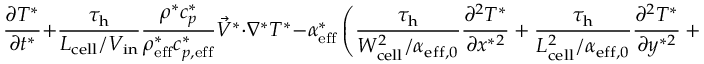
\frac { \partial T ^ { * } } { \partial t ^ { * } } + \boldsymbol { \frac { \tau _ { \mathrm { h } } } { L _ { \mathrm { { c e l l } } } / V _ { \mathrm { i n } } } } \frac { \rho ^ { * } c _ { p } ^ { * } } { \rho _ { \mathrm { { e f f } } } ^ { * } c _ { p , \mathrm { { e f f } } } ^ { * } } \vec { V } ^ { * } \cdot \nabla ^ { * } T ^ { * } - \alpha _ { \mathrm { { e f f } } } ^ { * } \left( \boldsymbol { \frac { \tau _ { \mathrm { h } } } { W _ { \mathrm { { c e l l } } } ^ { 2 } / \alpha _ { \mathrm { { e f f , 0 } } } } } \frac { \partial ^ { 2 } T ^ { * } } { \partial x ^ { * 2 } } + \boldsymbol { \frac { \tau _ { \mathrm { h } } } { L _ { \mathrm { { c e l l } } } ^ { 2 } / \alpha _ { \mathrm { { e f f , 0 } } } } } \frac { \partial ^ { 2 } T ^ { * } } { \partial y ^ { * 2 } } + \boldsymbol { \frac { \tau _ { \mathrm { h } } } { \delta _ { \mathrm { { F L } } } ^ { 2 } / \alpha _ { \mathrm { { e f f , 0 } } } } } \frac { \partial ^ { 2 } T ^ { * } } { \partial z ^ { * 2 } } \right) = \frac { S _ { \mathrm { { h } } } ^ { * } } { \rho _ { \mathrm { { e f f } } } ^ { * } c _ { p , \mathrm { { e f f } } } ^ { * } }